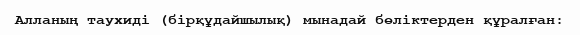
Алланың таухиді (бірқұдайшылық) мынадай бөліктерден құралған: